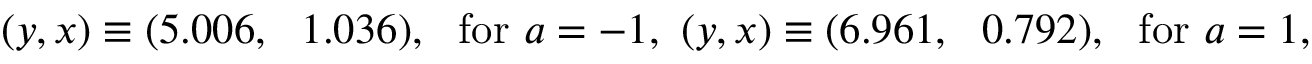
( y , x ) \equiv ( 5 . 0 0 6 , ~ ~ 1 . 0 3 6 ) , \, \, \, \, \mathrm { f o r } \, \, a = - 1 , \, \, ( y , x ) \equiv ( 6 . 9 6 1 , ~ ~ 0 . 7 9 2 ) , \, \, \, \, \mathrm { f o r } \, \, a = 1 , \, \,